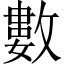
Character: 數